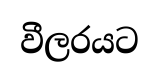
වීලරයට